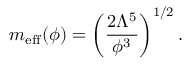
m _ { \mathrm { e f f } } ( \phi ) = \left( \frac { 2 \Lambda ^ { 5 } } { \phi ^ { 3 } } \right) ^ { 1 / 2 } .